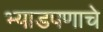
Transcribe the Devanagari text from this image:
भ्याडपणाचे